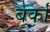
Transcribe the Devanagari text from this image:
बर्का